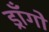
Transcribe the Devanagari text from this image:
ड्राँगो